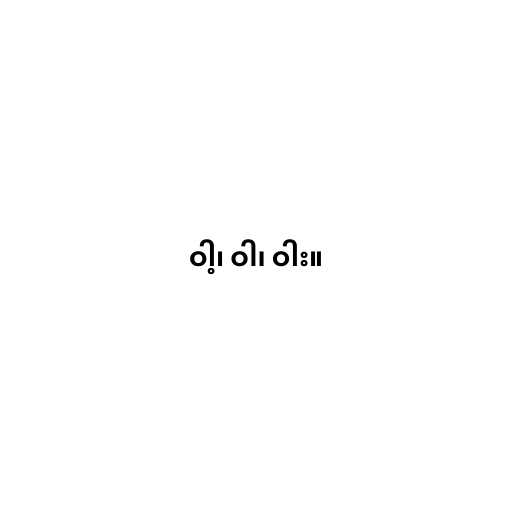
ဝါ့၊ ဝါ၊ ဝါး။